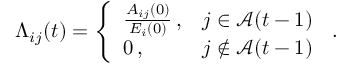
\Lambda _ { i j } ( t ) = \left\{ \begin{array} { l l } { \frac { A _ { i j } ( 0 ) } { E _ { i } ( 0 ) } \, , } & { j \in \mathcal { A } ( t - 1 ) } \\ { 0 \, , } & { j \not \in \mathcal { A } ( t - 1 ) } \end{array} \right. \, .